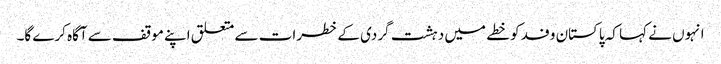
انہوں نے کہا کہ پاکستان وفد کو خطے میں دہشت گردی کے خطرات سے متعلق اپنے موقف سے آگاہ کرے گا۔